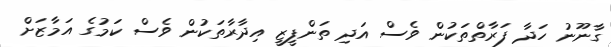
ގާނޫނު ހަދާ ފަރާތްތަކުން ވެސް އަދި ތަންފީޒީ އިދާރާތަކުން ވެސް ކަމުގެ އަމާޒަށް